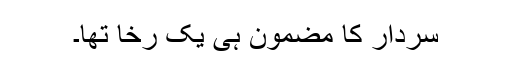
سردار کا مضمون ہی یک رخا تھا۔